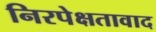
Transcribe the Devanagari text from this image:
निरपेक्षतावाद